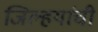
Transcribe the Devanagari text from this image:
जिल्हयांची